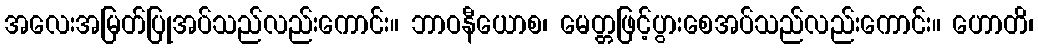
အလေးအမြတ်ပြုအပ်သည်လည်းကောင်း။ ဘာဝနီယောစ၊ မေတ္တဖြင့်ပွားစေအပ်သည်လည်းကောင်း။ ဟောတိ၊